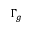
\Gamma _ { g }